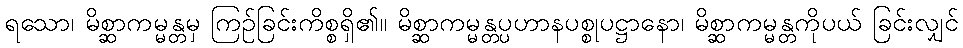
ရသော၊ မိစ္ဆာကမ္မန္တမှ ကြဉ်ခြင်းကိစ္စရှိ၏။ မိစ္ဆာကမ္မန္တပ္ပဟာနပစ္စုပဋ္ဌာနော၊ မိစ္ဆာကမ္မန္တကိုပယ် ခြင်းလျှင်